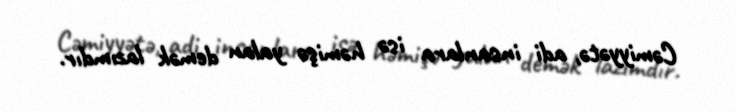
Cəmiyyətə, adi insanlara isə həmişə yalan demək lazımdır.